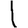
Digit: 1